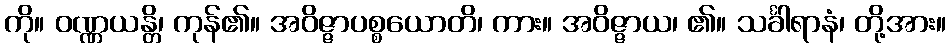
ကို။ ဝဏ္ဏယန္တိ၊ ကုန်၏။ အဝိဇ္ဇာပစ္စယောတိ၊ ကား။ အဝိဇ္ဇာယ၊ ၏။ သင်္ခါရာနံ၊ တို့အား။